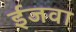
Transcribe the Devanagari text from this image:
ईजवा